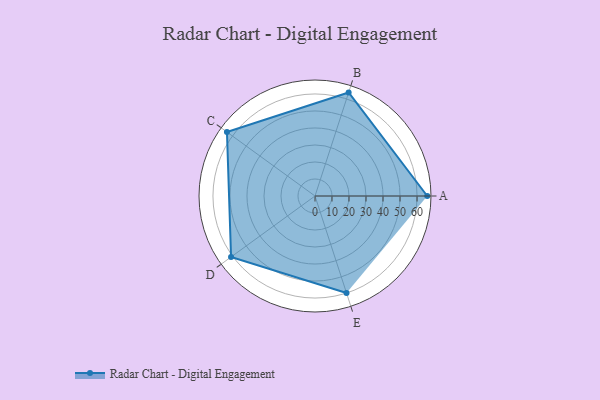
{"axis": {"x": "Skill", "y": "Score"}, "legend": ["Profile"], "data": [{"x": "A", "y": 66.0, "type": "Profile"}, {"x": "B", "y": 64.0, "type": "Profile"}, {"x": "C", "y": 64.0, "type": "Profile"}, {"x": "D", "y": 61.0, "type": "Profile"}, {"x": "E", "y": 60.0, "type": "Profile"}]}